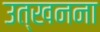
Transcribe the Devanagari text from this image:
उत्खनना